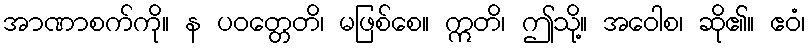
အာဏာစက်ကို။ န ပဝတ္တေတိ၊ မဖြစ်စေ။ ဣတိ၊ ဤသို့။ အဝေါစ၊ ဆို၏။ ဧဝံ၊